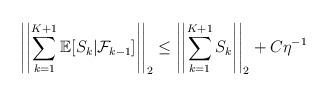
LaTeX: \begin{align*} \left|\left|\sum_{k=1}^{K+1}\mathbb{E}[S_k|\mathcal{F}_{k-1}]\right|\right|_2\leq\left|\left|\sum_{k=1}^{K+1}S_k\right|\right|_2+C\eta^{-1}\end{align*}